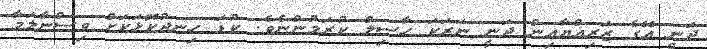
ދަނީ އޭގެ ޒަރިއްޔާއިން ދަނީ ނަރަކަ ހާސިލް ކުރަމުންނެވެ. ކުޑަ ހިނދުކޮޅަކަށް ވިސްނާލަމާ